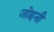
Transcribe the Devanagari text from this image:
जोहनी